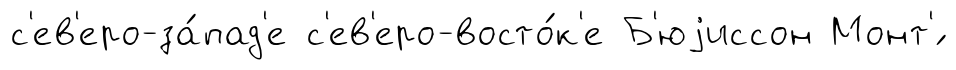
с'ев'еро-за́пад'е с'ев'еро-восто́к'е Б'юjиссон Монт'́